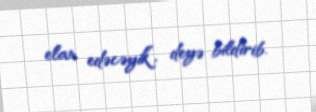
elan edəcəyik”, deyə bildirib.